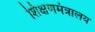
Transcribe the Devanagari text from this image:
शिक्षणमंत्रालय